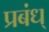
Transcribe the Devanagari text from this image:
प्रबंध्